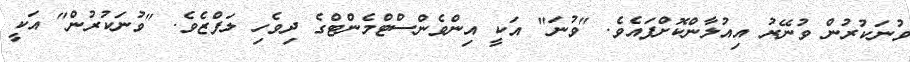
ވުނަކުރުން ވުނޭރު އިއުލާންކޮށްފައެވެ. "ވުނަ" އަކީ އިންވެންސްޓްމެންޓްގެ ދިވެހި ލަފްޒެވެ. "ވުނަކުރުން" އަކީ